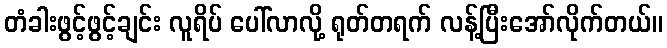
တံခါးဖွင့်ဖွင့်ချင်း လူရိပ် ပေါ်လာလို့ ရုတ်တရက် လန့်ပြီးအော်လိုက်တယ်။